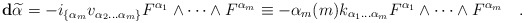
\begin{align*}\mathbf{d}\widetilde\alpha =-i_{\{\alpha_m} v_{\alpha_2\dots \alpha_m\}}F^{\alpha_1} \wedge \dots \wedge F^{\alpha_m}\equiv-\alpha_m(m) k_{\alpha_1\dots \alpha_m}F^{\alpha_1} \wedge \dots \wedge F^{\alpha_m}\quad.\end{align*}